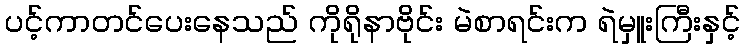
ပင့်ကာတင်ပေးနေသည် ကိုရိုနာဗိုင်း မဲစာရင်းက ရဲမှူးကြီးနှင့်